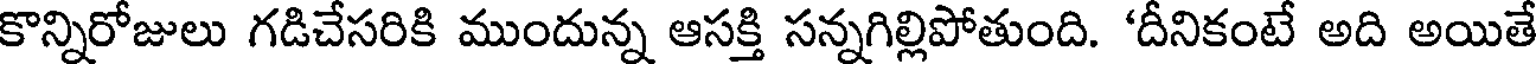
కొన్నిరోజులు గడిచేసరికి ముందున్న ఆసక్తి సన్నగిల్లిపోతుంది. 'దీనికంటే అది అయితే